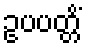
ဥပပတ္တိံ